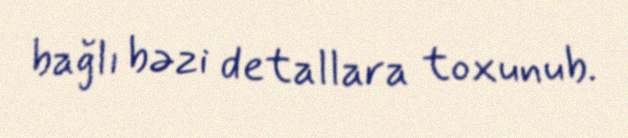
bağlı bəzi detallara toxunub.